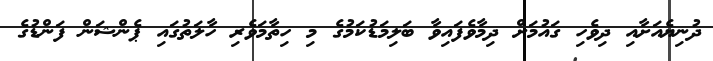
ދުނިޔެއަށާއި ދިވެހި ގައުމަށް ދިމާވެފައިވާ ބަލިމަޑުކަމުގެ މި ހިތާމަވެރި ހާލަތުގައި ޕެންޝަން ފަންޑުގެ